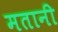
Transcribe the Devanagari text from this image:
मतानी